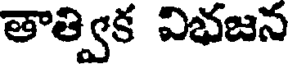
తాత్విక విభజన